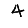
Digit: 4